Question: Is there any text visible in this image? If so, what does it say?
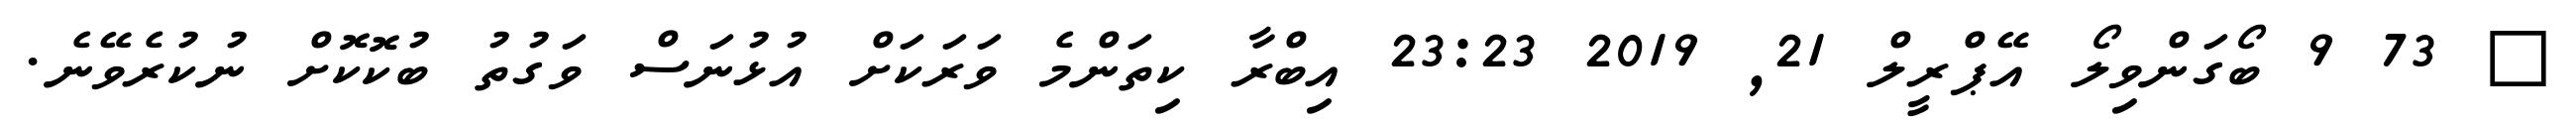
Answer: ? 73 9 ބޯގަންވިލޯ އޭޕްރީލް 21, 2019 23:23 އިބްރާ ކިތަންމެ ވަރަކަށް އުޅުނަސް ވަގުތު ބުކޮކޮށް ނުކުރެވޭނެ.